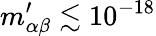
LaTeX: m_{\alpha\beta}^{\prime}\lesssim 10^{-18}